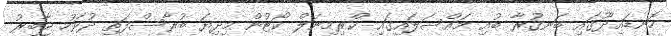
ހޮނޑައިދޫގައި ބަނގުރާ ބުއި މައްސަލައިގައި ކްރިމިނަލް ކޯޓުން މިދިޔަ ބުރާސްފަތި ދުވަހު ޖާބިރު